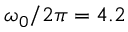
\omega _ { 0 } / 2 \pi = 4 . 2